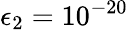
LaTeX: \epsilon_{2}=10^{-20}